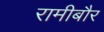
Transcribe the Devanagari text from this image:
रामीबौर